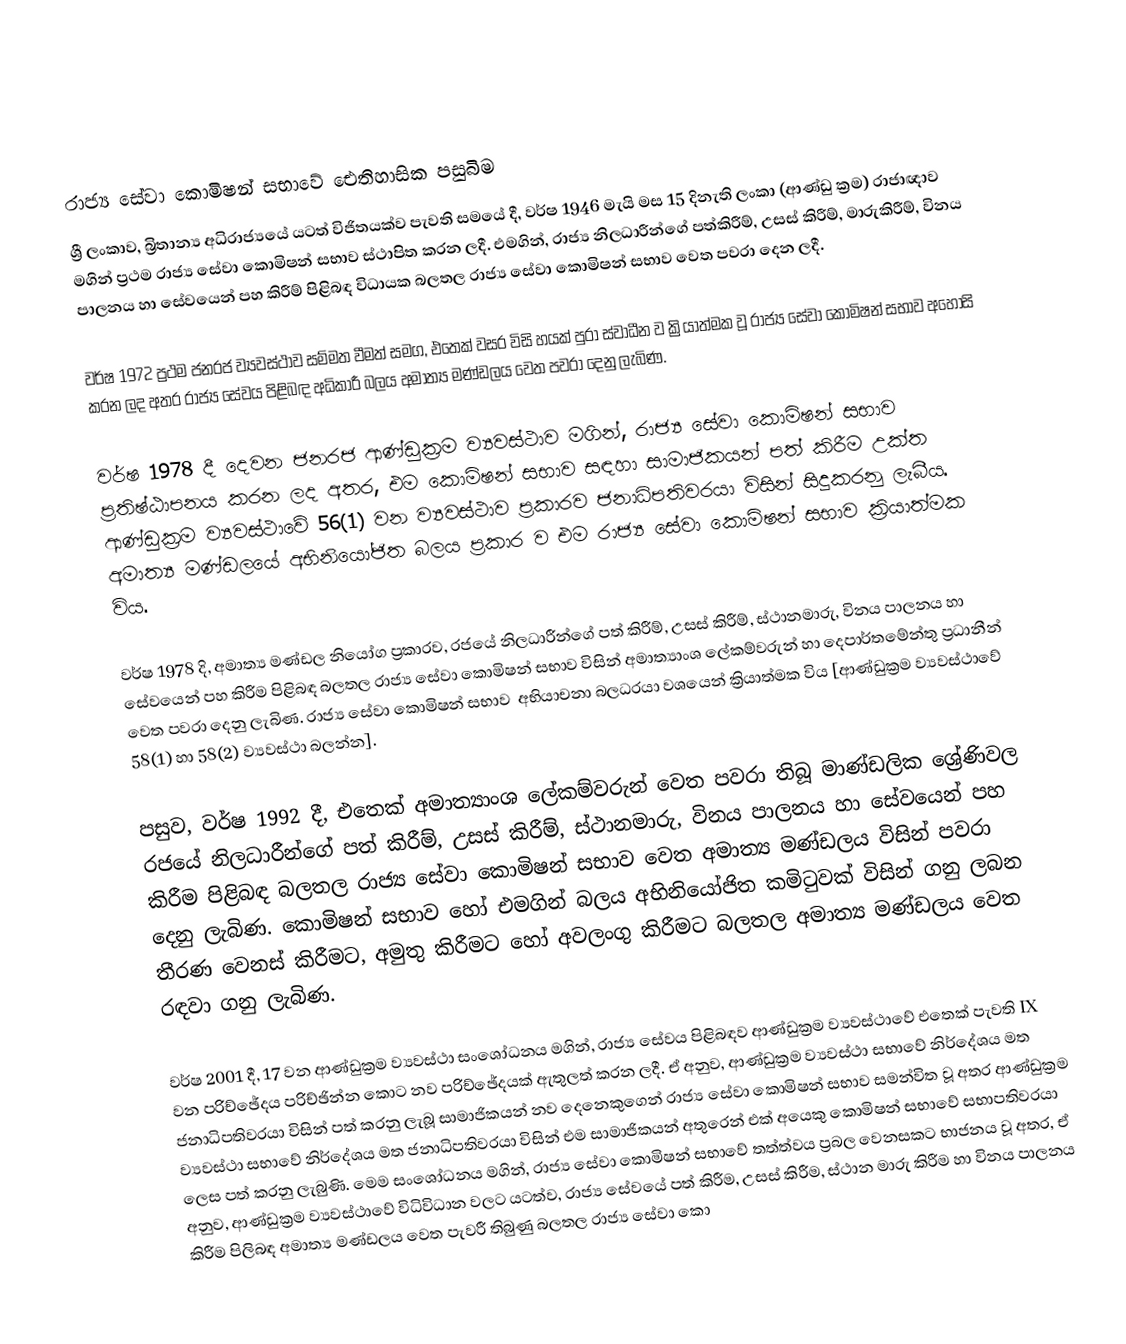

රාජ්‍ය සේවා කොමිෂන් සභාවේ ඓතිහාසික පසුබිම
ශ්‍රී ලංකාව, බ්‍රිතාන්‍ය අධිරාජ්‍යයේ යටත් විජිතයක්ව පැවති සමයේ දී, වර්ෂ 1946 මැයි මස 15 දිනැති ලංකා (ආණ්ඩු ක්‍රම) රාජාඥාව මගින් ප්‍රථම රාජ්‍ය සේවා කොමිෂන් සභාව ස්ථාපිත කරන ලදී. එමගින්, රාජ්‍ය නිලධාරීන්ගේ පත්කිරීම්, උසස් කිරීම්, මාරුකිරීම්, විනය පාලනය හා සේවයෙන් පහ කිරීම් පිළිබඳ විධායක බලතල රාජ්‍ය සේවා කොමිෂන් සභාව වෙත පවරා දෙන ලදී.

වර්ෂ 1972 ප්‍රථම ජනරජ ව්‍යවස්ථාව සම්මත වීමත් සමග, එතෙක් වසර විසි හයක් පුරා ස්වාධීන ව ක්‍රියාත්මක වූ රාජ්‍ය සේවා කොමිෂන් සභාව අහෝසි කරන ලද අතර රාජ්‍ය සේවය පිළිබඳ අධිකාරී බලය අමාත්‍ය මණ්ඩලය වෙත පවරා දෙනු ලැබිණ.

වර්ෂ 1978 දී දෙවන ජනරජ ආණ්ඩුක්‍රම ව්‍යවස්ථාව මගින්, රාජ්‍ය සේවා කොමිෂන් සභාව ප්‍රතිෂ්ඨාපනය කරන ලද අතර, එම කොමිෂන් සභාව සඳහා සාමාජිකයන් පත් කිරීම උක්ත ආණ්ඩුක්‍රම ව්‍යවස්ථාවේ 56(1) වන ව්‍යවස්ථාව ප්‍රකාරව ජනාධිපතිවරයා විසින් සිදුකරනු ලැබීය. අමාත්‍ය මණ්ඩලයේ අභිනියෝජිත බලය ප්‍රකාර ව එම රාජ්‍ය සේවා කොමිෂන් සභාව ක්‍රියාත්මක විය.

වර්ෂ 1978 දි, අමාත්‍ය මණ්ඩල නියෝග ප්‍රකාරව, රජයේ නිලධාරීන්ගේ පත් කිරීම්, උසස් කිරීම්, ස්ථානමාරු, විනය පාලනය හා සේවයෙන් පහ කිරීම පිළිබඳ බලතල රාජ්‍ය සේවා කොමිෂන් සභාව විසින් අමාත්‍යාංශ ලේකම්වරුන් හා දෙපාර්තමේන්තු ප්‍රධානීන් වෙත පවරා දෙනු ලැබිණ. රාජ්‍ය සේවා කොමිෂන් සභාව ‍ අභියාචනා බලධරයා වශයෙන් ක්‍රියාත්මක විය [ආණ්ඩුක්‍රම ව්‍යවස්ථාවේ 58(1) හා 58(2) ව්‍යවස්ථා බලන්න].

පසුව, වර්ෂ 1992 දී, එතෙක් අමාත්‍යාංශ ලේකම්වරුන් වෙත පවරා තිබූ මාණ්ඩලික ශ්‍රේණිවල රජයේ නිලධාරීන්ගේ පත් කිරීම්, උසස් කිරීම්, ස්ථානමාරු, විනය පාලනය හා සේවයෙන් පහ කිරීම පිළිබඳ බලතල රාජ්‍ය සේවා කොමිෂන් සභාව වෙත අමාත්‍ය මණ්ඩලය විසින් පවරා දෙනු ලැබිණ. කොමිෂන් සභාව හෝ එමගින් බලය අභිනියෝජිත කමිටුවක් විසින් ගනු ලබන තීරණ වෙනස් කිරීමට, අමුතු කිරීමට හෝ අවලංගු කිරීමට බලතල අමාත්‍ය මණ්ඩලය වෙත රඳවා ගනු ලැබිණ.

වර්ෂ 2001 දී, 17 වන ආණ්ඩුක්‍රම ව්‍යවස්ථා සංශෝධනය මගින්, රාජ්‍ය සේවය පිළිබඳව ආණ්ඩුක්‍රම ව්‍යවස්ථාවේ එතෙක් පැවති IX වන පරිච්ඡේදය පරිච්ඡින්න කොට නව පරිච්ඡේදයක් ඇතුලත් කරන ලදී. ඒ අනුව, ආණ්ඩුක්‍රම ව්‍යවස්ථා සභාවේ නිර්දේශය මත ජනාධිපතිවරයා විසින් පත් කරනු ලැබූ සාමාජිකයන් නව දෙනෙකුගෙන් රාජ්‍ය සේවා කොමිෂන් සභාව සමන්විත වූ අතර ආණ්ඩුක්‍රම ව්‍යවස්ථා සභාවේ නිර්දේශය මත ජනාධිපතිවරයා විසින් එම සාමාජිකයන් අතුරෙන් එක් අයෙකු කොමිෂන් සභාවේ සභාපතිවරයා ලෙස පත් කරනු ලැබුණි. මෙම සංශෝධනය මගින්, රාජ්‍ය සේවා කොමිෂන් සභාවේ තත්ත්වය ප්‍රබල වෙනසකට භාජනය වූ අතර, ඒ අනුව, ආණ්ඩුක්‍රම ව්‍යවස්ථාවේ විධිවිධාන වලට යටත්ව, රාජ්‍ය සේවයේ පත් කිරීම, උසස් කිරීම, ස්ථාන මාරු කිරීම හා විනය පාලනය කිරීම පිලිබඳ අමාත්‍ය මණ්ඩලය වෙත පැවරී තිබුණු බලතල රාජ්‍ය සේවා කො